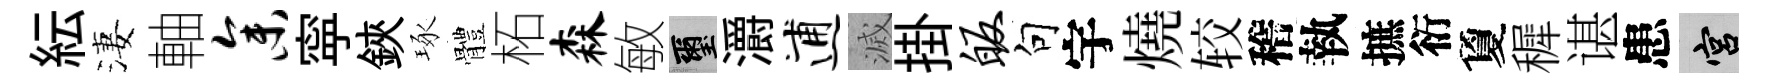
紜淒軸参寜鋏琢體柘森敏璽灂逋滅掛皈句宇燒较稽執摭衍夐穉谌患宫